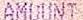
AMOUNT